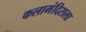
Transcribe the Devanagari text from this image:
कलामंदिराला